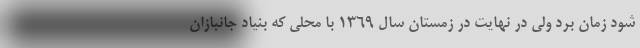
شود زمان برد ولی در نهایت در زمستان سال ۱۳۶۹ با محلی که بنیاد جانبازان